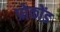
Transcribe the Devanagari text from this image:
प्रोकोंड